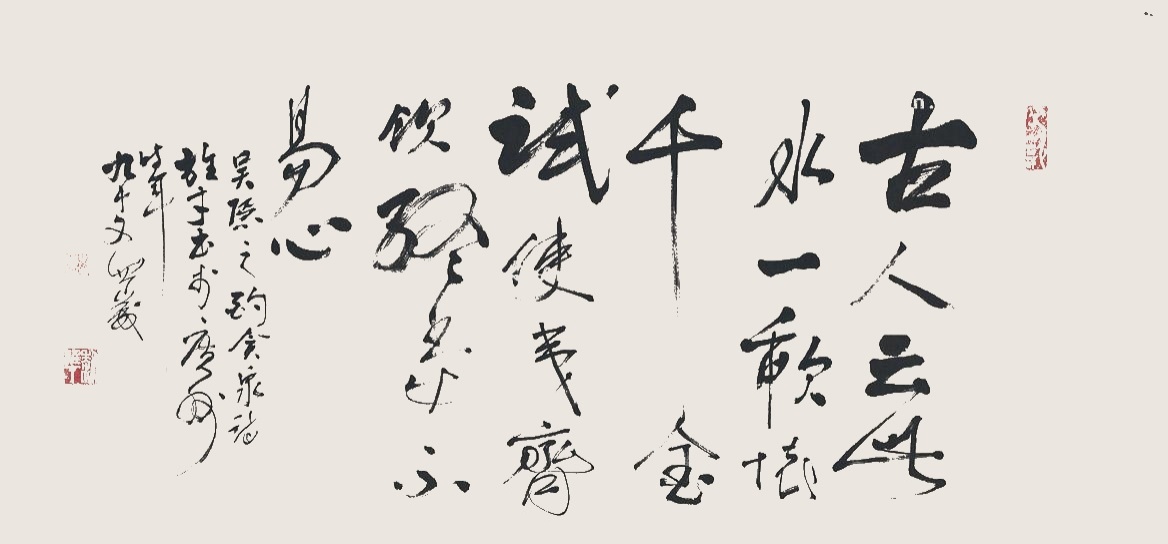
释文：古人云此水，一歃怀千金。试使夷齐饮，终当不易心。吴隐之酌贪泉诗，雄才书于广州，时年九十又四岁。